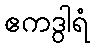
ဧကဒွါရံ